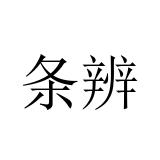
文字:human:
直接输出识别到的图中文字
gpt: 条辨